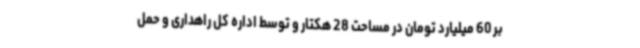
بر 60 میلیارد تومان در مساحت 28 هکتار و توسط اداره کل راهداری و حمل